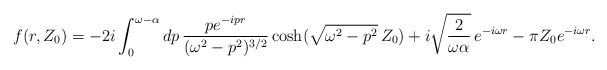
\begin{align*}f (r, Z_0) = - 2 i \int_0^{\omega - \alpha} d p \, \frac{p e^{- i p r}}{(\omega^2 - p^2)^{3 / 2}} \cosh (\sqrt{\omega^2 - p^2} \, Z_0) + i \sqrt{\frac{2}{\omega \alpha}} \, e^{- i \omega r} - \pi Z_0 e^{- i \omega r} .\end{align*}